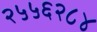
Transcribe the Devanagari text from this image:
२५५६२८४